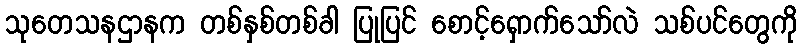
သုတေသနဌာနက တစ်နှစ်တစ်ခါ ပြုပြင် စောင့်ရှောက်သော်လဲ သစ်ပင်တွေကို